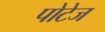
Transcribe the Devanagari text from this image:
पोटेज